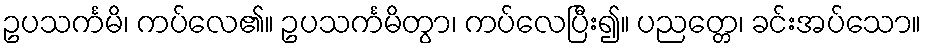
ဥပသင်္ကမိ၊ ကပ်လေ၏။ ဥပသင်္ကမိတွာ၊ ကပ်လေပြီး၍။ ပညတ္တေ၊ ခင်းအပ်သော။